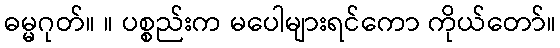
ဓမ္မဂုတ်။ ။ ပစ္စည်းက မပေါများရင်ကော ကိုယ်တော်။